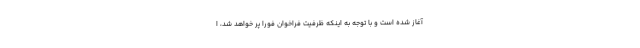
آغاز شده است و با توجه به اینکه ظرفیت فراخوان فورا پر خواهد شد، ا